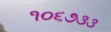
૧૦૬૭૩૩